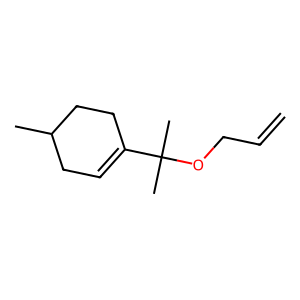
SMILES: C=CCOC(C)(C)C1=CCC(C)CC1
Inhibits HIV replication: No